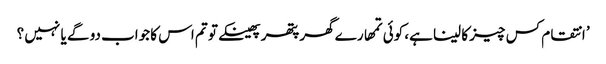
’ انتقام کس چیز کا لینا ہے، کوئی تمھارے گھر پتھر پھینکے تو تم اس کا جواب دو گے یا نہیں ؟